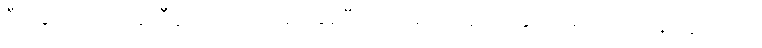
ဒီသဘောထားတူညီမှု အပေါ်မှာ အခြေခံပြီးတော့မှ ကျနော်တို့ နိုင်ငံရေးအရ တန်းတူရည်တူ